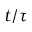
t / \tau